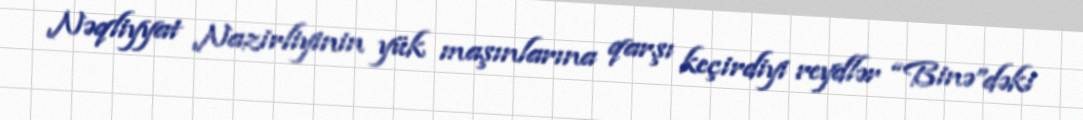
Nəqliyyat Nazirliyinin yük maşınlarına qarşı keçirdiyi reydlər “Binə”dəki